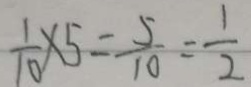
\frac { 1 } { 1 0 } \times 5 = \frac { 5 } { 1 0 } = \frac { 1 } { 2 }